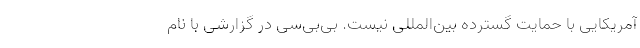
آمریکایی با حمایت گسترده بین‌المللی نیست. بی‌بی‌سی در گزارشی با نام